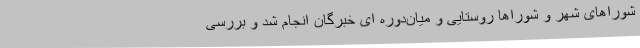
شوراهای شهر و شوراها روستایی و میان‌دوره ای خبرگان انجام شد و بررسی